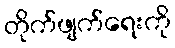
တိုက်ဖျက်ရေးကို